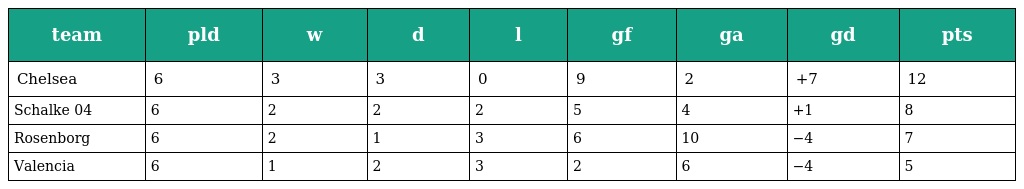
| team | pld | w | d | l | gf | ga | gd | pts |
 | --- | --- | --- | --- | --- | --- | --- | --- | --- |
 | Chelsea | 6 | 3 | 3 | 0 | 9 | 2 | +7 | 12 |
 | Schalke 04 | 6 | 2 | 2 | 2 | 5 | 4 | +1 | 8 |
 | Rosenborg | 6 | 2 | 1 | 3 | 6 | 10 | −4 | 7 |
 | Valencia | 6 | 1 | 2 | 3 | 2 | 6 | −4 | 5 |